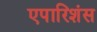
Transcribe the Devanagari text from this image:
एपारिशंस